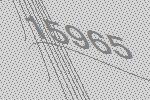
15965